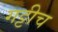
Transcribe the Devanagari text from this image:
गट्टीच